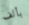
بألف